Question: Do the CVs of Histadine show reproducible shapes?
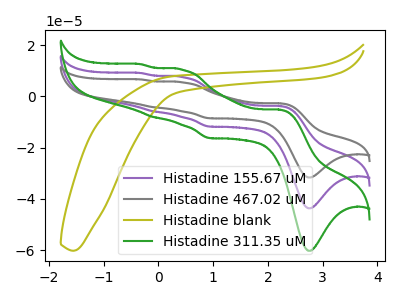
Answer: <think>The purple curve "Histadine 155.67 uM" has anodic peaks at (2.25V, -3.80uA) (0.45V, 7.50uA) (-0.10V, -5.90uA) (-0.35V, 9.05uA) and cathodic peaks at (2.80V, -43.70uA) (0.95V, -11.80uA). The gray curve "Histadine 467.02 uM" has anodic peaks at (2.25V, -7.60uA) (0.45V, 15.05uA) (-0.10V, -11.80uA) (-0.35V, 18.15uA) and cathodic peaks at (2.80V, -87.35uA) (0.95V, -23.65uA). The olive curve "Histadine blank" has no peaks. The green curve "Histadine 311.35 uM" has anodic peaks at (2.25V, -5.25uA) (0.45V, 10.35uA) (-0.10V, -8.15uA) (-0.35V, 12.50uA) and cathodic peaks at (2.80V, -60.25uA) (0.95V, -16.30uA).
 All the peaks in "Histadine 155.67 uM" have a peak in "Histadine 467.02 uM" at the same potential. "Histadine 155.67 uM" and "Histadine blank" have a different number of peaks. All the peaks in "Histadine 155.67 uM" have a peak in "Histadine 311.35 uM" at the same potential. "Histadine 467.02 uM" and "Histadine blank" have a different number of peaks. All the peaks in "Histadine 467.02 uM" have a peak in "Histadine 311.35 uM" at the same potential. "Histadine blank" and "Histadine 311.35 uM" have a different number of peaks.</think>
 <answer>All the CV's of "Histadine" have similar shape.</answer>
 <eval>follow_rule</eval>